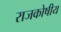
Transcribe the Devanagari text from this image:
राजकोषीय